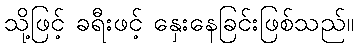
သို့ဖြင့် ခရီးဖင့် နှေးနေခြင်းဖြစ်သည်။